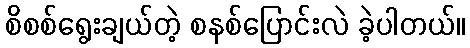
စိစစ်ရွေးချယ်တဲ့ စနစ်ပြောင်းလဲ ခဲ့ပါတယ်။